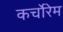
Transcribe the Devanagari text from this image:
कर्चोरेम